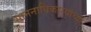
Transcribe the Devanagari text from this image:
सामनाधिकार्‍यांच्या